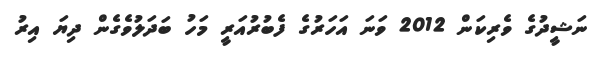
ނަޝީދުގެ ވެރިކަން 2012 ވަނަ އަހަރުގެ ފެބުރުއަރީ މަހު ބަދަލުވެގެން ދިޔަ އިރު